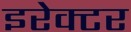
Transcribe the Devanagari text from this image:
इरेक्टर